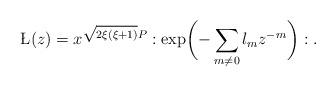
LaTeX: \begin{align*}\L(z)=x^{\sqrt{2\xi(\xi+1)}P}:\exp\biggl(-\sum_{m\ne 0}\l_m z^{-m}\biggr):.\end{align*}